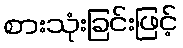
စားသုံးခြင်းဖြင့်